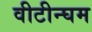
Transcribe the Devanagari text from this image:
वीटीन्घम